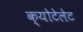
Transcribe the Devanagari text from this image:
क्योटेलेट